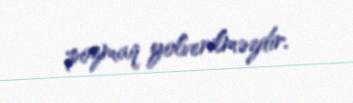
pozmaq yolverilməzdir.